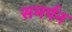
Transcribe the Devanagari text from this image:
समर्पन